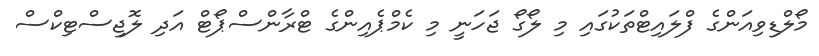
މޯލްޑިވިއަންގެ ފްލައިޓްތަކުގައި މި ލޯގޯ ޖަހަނީ މި ކެމްޕެއިންގެ ޓްރާންސްޕޯޓް އަދި ލޮޖިސްޓިކްސް